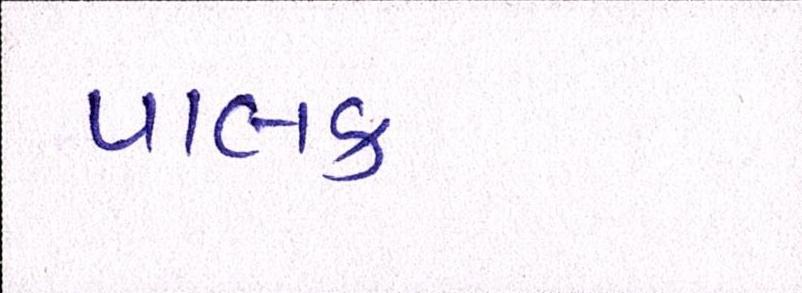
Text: પાલક